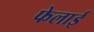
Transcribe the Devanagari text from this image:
फेलाई